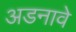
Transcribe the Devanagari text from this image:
अडनावे